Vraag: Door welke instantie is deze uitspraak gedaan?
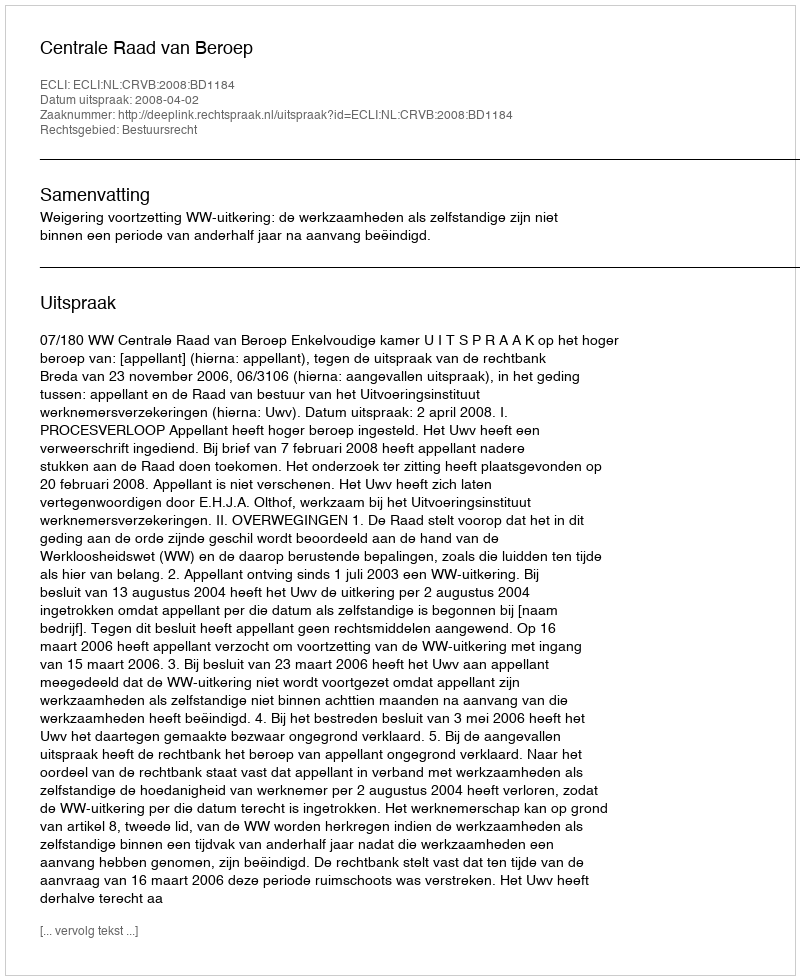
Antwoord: Centrale Raad van Beroep